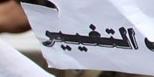
التفيير